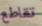
تقاطع